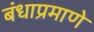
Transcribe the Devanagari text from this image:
बंधाप्रमाणे